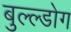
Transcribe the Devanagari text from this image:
बुल्ल्डोग